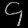
Digit: ၄